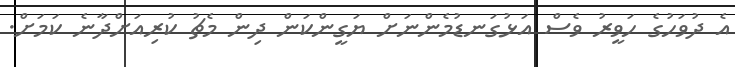
އެ ދުވަހުގެ ހަވީރު ވެސް އަޅުގަނޑުމެންނަށް ޔަގީންކަން ދިން މެޗު ކުރިއަށްދާނެ ކަމަށް.